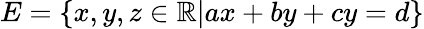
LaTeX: E=\{ x,y,z\in\mathbb{R}|ax+by+cy=d\}